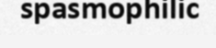
spasmophilic